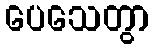
ပေသေတွာ